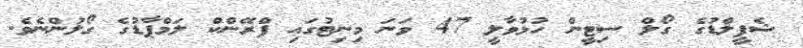
ޝެފީލްޑުގެ ގޯލް ސިޓީން ހުޅުވާލީ 47 ވަނަ މިނިޓުގައި ފްރޭންކް ލަމްޕާޑުގެ ގޯލުންނެވެ.